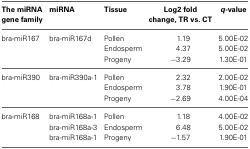
<table><thead><tr><td><b>The miRNA gene family</b></td><td><b>miRNA</b></td><td><b>Tissue</b></td><td><b>Log2 fold change, TR vs. CT</b></td><td><b><i>q</i>-value</b></td></tr></thead><tbody><tr><td>bra-miR167</td><td>bra-miR167d</td><td>Pollen</td><td>1.19</td><td>5.00E-02</td></tr><tr><td></td><td></td><td>Endosperm</td><td>4.37</td><td>5.00E-02</td></tr><tr><td></td><td></td><td>Progeny</td><td>−3.29</td><td>1.30E-01</td></tr><tr><td>bra-miR390</td><td>bra-miR390a-1</td><td>Pollen</td><td>2.32</td><td>2.00E-02</td></tr><tr><td></td><td></td><td>Endosperm</td><td>3.78</td><td>1.90E-01</td></tr><tr><td></td><td></td><td>Progeny</td><td>−2.69</td><td>4.00E-04</td></tr><tr><td>bra-miR168</td><td>bra-miR168a-1</td><td>Pollen</td><td>1.18</td><td>4.00E-02</td></tr><tr><td></td><td>bra-miR168a-3</td><td>Endosperm</td><td>6.48</td><td>5.00E-02</td></tr><tr><td></td><td>bra-miR168a-1</td><td>Progeny</td><td>−1.57</td><td>1.90E-01</td></tr></tbody></table>